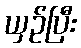
ယှဉ်ပြီး